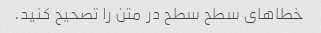
خطاهای سطح سطح در متن را تصحیح کنید.